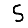
Digit: 5